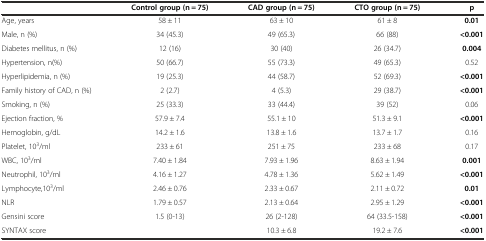
|  | Control group (n = 75) | CAD group (n = 75) | CTO group (n = 75) | p |
 | --- | --- | --- | --- | --- |
 | Age, years | 58 ± 11 | 63 ± 10 | 61 ± 8 | 0.01 |
 | Male, n (%) | 34 (45.3) | 49 (65.3) | 66 (88) | <0.001 |
 | Diabetes mellitus, n (%) | 12 (16) | 30 (40) | 26 (34.7) | 0.004 |
 | Hypertension, n(%) | 50 (66.7) | 55 (73.3) | 49 (65.3) | 0.52 |
 | Hyperlipidemia, n (%) | 19 (25.3) | 44 (58.7) | 52 (69.3) | <0.001 |
 | Family history of CAD, n (%) | 2 (2.7) | 4 (5.3) | 29 (38.7) | <0.001 |
 | Smoking, n (%) | 25 (33.3) | 33 (44.4) | 39 (52) | 0.06 |
 | Ejection fraction, % | 57.9 ± 7.4 | 55.1 ± 10 | 51.3 ± 9.1 | <0.001 |
 | Hemoglobin, g/dL | 14.2 ± 1.6 | 13.8 ± 1.6 | 13.7 ± 1.7 | 0.16 |
 | Platelet, 103/ml | 233 ± 61 | 251 ± 75 | 233 ± 68 | 0.17 |
 | WBC, 103/ml | 7.40 ± 1.84 | 7.93 ± 1.96 | 8.63 ± 1.94 | 0.001 |
 | Neutrophil, 103/ml | 4.16 ± 1.27 | 4.78 ± 1.36 | 5.62 ± 1.49 | <0.001 |
 | Lymphocyte,103/ml | 2.46 ± 0.76 | 2.33 ± 0.67 | 2.11 ± 0.72 | 0.01 |
 | NLR | 1.79 ± 0.57 | 2.13 ± 0.64 | 2.95 ± 1.29 | <0.001 |
 | Gensini score | 1.5 (0-13) | 26 (2-128) | 64 (33.5-158) | <0.001 |
 | SYNTAX score |  | 10.3 ± 6.8 | 19.2 ± 7.6 | <0.001 |